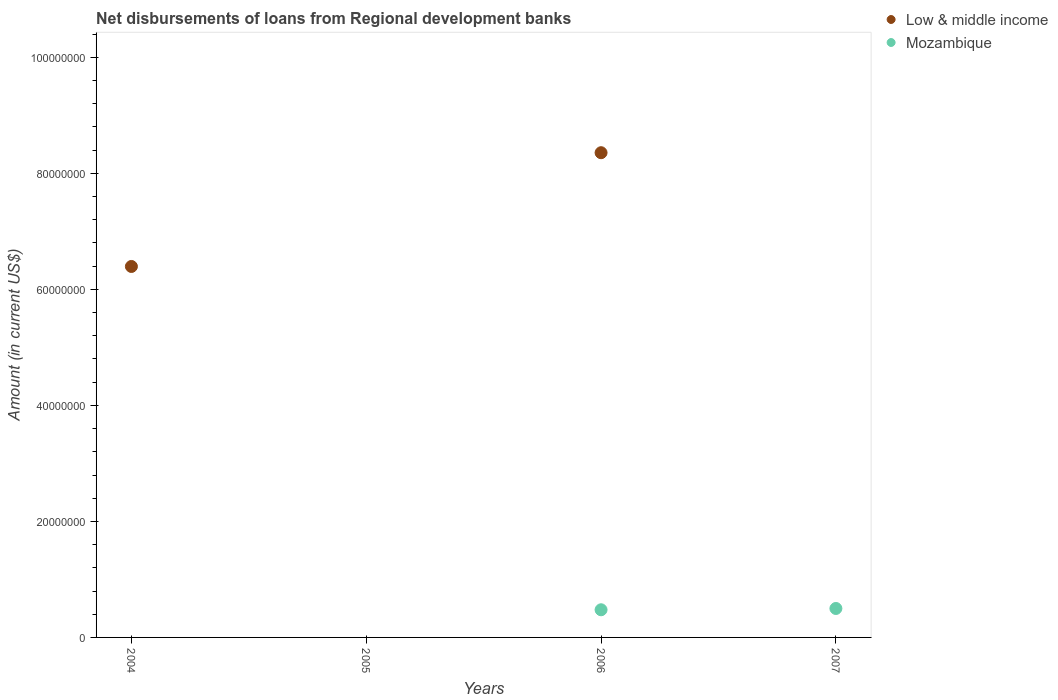
| Years | Low & middle income | Mozambique |
 | --- | --- | --- |
 | 2004 | 6.39e+07 | -6.73e+06 |
 | 2005 | -3.32e+08 | -1.05e+07 |
 | 2006 | 8.36e+07 | 4.77e+06 |
 | 2007 | -4.64e+07 | 4.99e+06 |